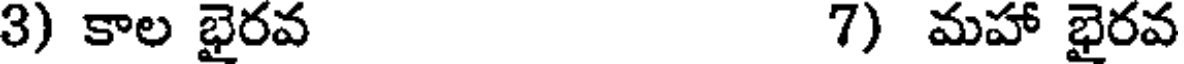
3) కాల భైరవ 7) మహా భైరవ